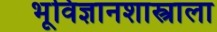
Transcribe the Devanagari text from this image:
भूविज्ञानशास्त्राला